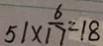
5 1 \times \frac { 6 } { 1 7 } = 1 8